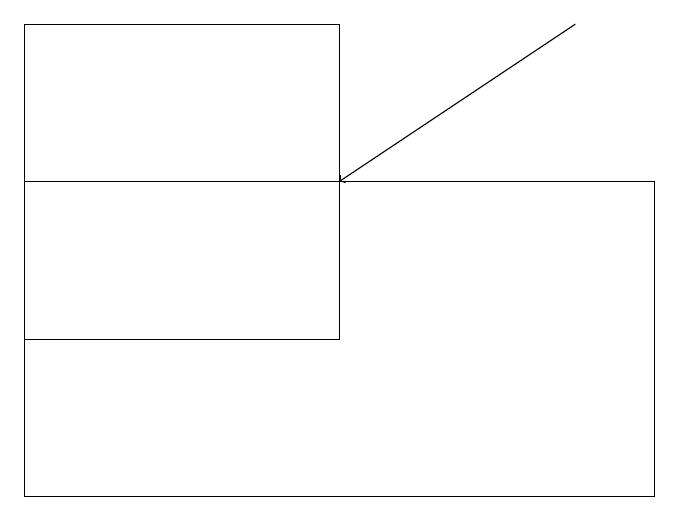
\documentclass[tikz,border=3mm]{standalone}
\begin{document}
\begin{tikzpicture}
\draw (1,17) rectangle (9,13);
\draw[->] (8,19) -- (5,17);
\draw (1,19) rectangle (5,15);
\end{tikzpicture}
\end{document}